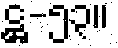
ဋ္ဌ-၅၃။